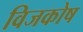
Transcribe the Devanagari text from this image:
विजकोष